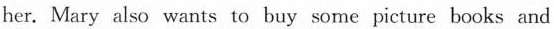
her. Mary also wants to buy some picture books and